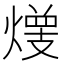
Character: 𱬋